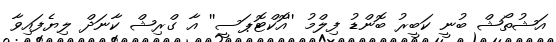
އަޝުތޯޝް ބުނީ ކަބީރު ބޮންޑު ފިލްމު ''އޮކްޓޮޕަސީ'' އާ ގްރިޝް ކާނަދް ލިޔެފައިވާ